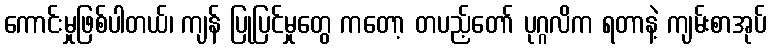
ကောင်းမှုဖြစ်ပါတယ်၊ ကျန် ပြုပြင်မှုတွေ ကတော့ တပည့်တော် ပုဂ္ဂလိက ရတာနဲ့ ကျမ်းစာအုပ်